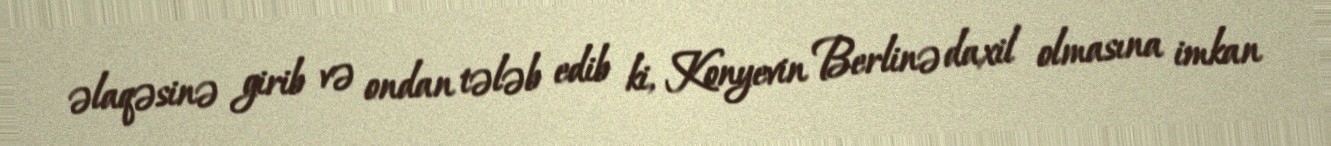
əlaqəsinə girib və ondan tələb edib ki, Konyevin Berlinə daxil olmasına imkan